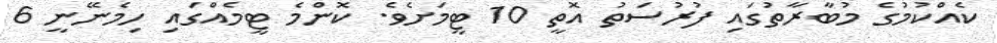
ކެއްކުމުގެ މުބާރާތުގައި ފުރުސަތު އޮތީ 10 ޓީމަށެވެ. ކޮންމެ ޓީމެއްގައި ހިމެނޭނީ 6